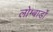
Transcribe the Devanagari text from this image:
लोम्बार्डों